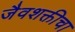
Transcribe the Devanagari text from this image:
जैवशक्तीचा